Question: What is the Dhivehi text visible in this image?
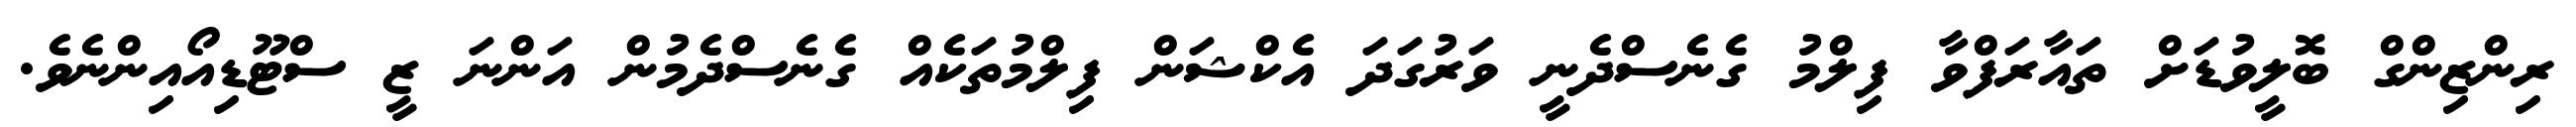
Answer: ރިންޒިންގް ބޮލީވުޑަށް ތައާރަފްވާ ފިލްމު ގެނެސްދެނީ ވަރުގަދަ އެކްޝަން ފިލްމުތަކެއް ގެނެސްދެމުން އަންނަ ޒީ ސްޓޫޑިއޯއިންނެވެ.